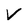
Character: v